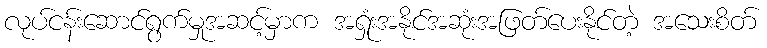
လုပ်ငန်းဆောင်ရွက်မှုအဆင့်မှာက အရှုံးအနိုင်အဆုံးအဖြတ်ပေးနိုင်တဲ့ အသေးစိတ်